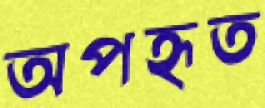
অপহৃত